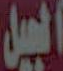
الجيل